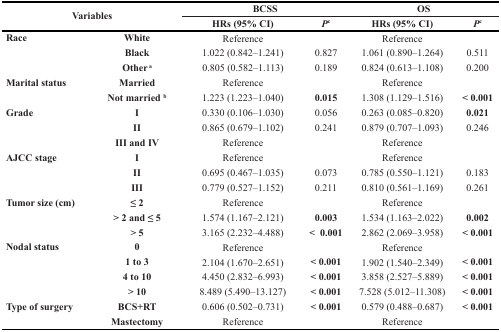
<table><thead><tr><td rowspan="2" colspan="2"><b>Variables</b></td><td colspan="2"><b>BCSS</b></td><td colspan="2"><b>OS</b></td></tr><tr><td><b>HRs (95% CI)</b></td><td><b><i>P</i><sup>c</sup></b></td><td><b>HRs (95% CI)</b></td><td><b><i>P</i><sup>c</sup></b></td></tr></thead><tbody><tr><td><b>Race</b></td><td><b>White</b></td><td>Reference</td><td></td><td>Reference</td><td></td></tr><tr><td></td><td><b>Black</b></td><td>1.022 (0.842–1.241)</td><td>0.827</td><td>1.061 (0.890–1.264)</td><td>0.511</td></tr><tr><td></td><td><b>Other <sup>a</sup></b></td><td>0.805 (0.582–1.113)</td><td>0.189</td><td>0.824 (0.613–1.108)</td><td>0.200</td></tr><tr><td><b>Marital status</b></td><td><b>Married</b></td><td>Reference</td><td></td><td>Reference</td><td></td></tr><tr><td></td><td><b>Not married <sup>b</sup></b></td><td>1.223 (1.223–1.040)</td><td><b>0.015</b></td><td>1.308 (1.129–1.516)</td><td><b>&lt; 0.001</b></td></tr><tr><td><b>Grade</b></td><td><b>I</b></td><td>0.330 (0.106–1.030)</td><td>0.056</td><td>0.263 (0.085–0.820)</td><td><b>0.021</b></td></tr><tr><td></td><td><b>II</b></td><td>0.865 (0.679–1.102)</td><td>0.241</td><td>0.879 (0.707–1.093)</td><td>0.246</td></tr><tr><td></td><td><b>III and IV</b></td><td>Reference</td><td></td><td>Reference</td><td></td></tr><tr><td><b>AJCC stage</b></td><td><b>I</b></td><td>Reference</td><td></td><td>Reference</td><td></td></tr><tr><td></td><td><b>II</b></td><td>0.695 (0.467–1.035)</td><td>0.073</td><td>0.785 (0.550–1.121)</td><td>0.183</td></tr><tr><td></td><td><b>III</b></td><td>0.779 (0.527–1.152)</td><td>0.211</td><td>0.810 (0.561–1.169)</td><td>0.261</td></tr><tr><td><b>Tumor size (cm)</b></td><td><b>≤ 2</b></td><td>Reference</td><td></td><td>Reference</td><td></td></tr><tr><td></td><td><b>&gt; 2 and ≤ 5</b></td><td>1.574 (1.167–2.121)</td><td><b>0.003</b></td><td>1.534 (1.163–2.022)</td><td><b>0.002</b></td></tr><tr><td></td><td><b>&gt; 5</b></td><td>3.165 (2.232–4.488)</td><td><b>&lt; 0.001</b></td><td>2.862 (2.069–3.958)</td><td><b>&lt; 0.001</b></td></tr><tr><td><b>Nodal status</b></td><td><b>0</b></td><td>Reference</td><td></td><td>Reference</td><td></td></tr><tr><td></td><td><b>1 to 3</b></td><td>2.104 (1.670–2.651)</td><td><b>&lt; 0.001</b></td><td>1.902 (1.540–2.349)</td><td><b>&lt; 0.001</b></td></tr><tr><td></td><td><b>4 to 10</b></td><td>4.450 (2.832–6.993)</td><td><b>&lt; 0.001</b></td><td>3.858 (2.527–5.889)</td><td><b>&lt; 0.001</b></td></tr><tr><td></td><td><b>&gt; 10</b></td><td>8.489 (5.490–13.127)</td><td><b>&lt; 0.001</b></td><td>7.528 (5.012–11.308)</td><td><b>&lt; 0.001</b></td></tr><tr><td><b>Type of surgery</b></td><td><b>BCS+RT</b></td><td>0.606 (0.502–0.731)</td><td><b>&lt; 0.001</b></td><td>0.579 (0.488–0.687)</td><td><b>&lt; 0.001</b></td></tr><tr><td></td><td><b>Mastectomy</b></td><td>Reference</td><td></td><td>Reference</td><td></td></tr></tbody></table>